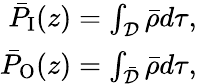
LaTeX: \begin{array}{r}{\bar{P}_{\mathrm{I}}(z)=\int_{\mathcal D}\bar{\rho}d\tau,}\\ {\bar{P}_{\mathrm{O}}(z)=\int_{\bar{\mathcal D}}\bar{\rho}d\tau,}\end{array}